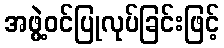
အဖွဲ့ဝင်ပြုလုပ်ခြင်းဖြင့်